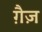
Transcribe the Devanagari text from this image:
ग़ैज़